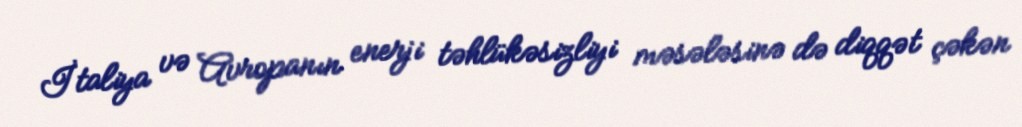
İtaliya və Avropanın enerji təhlükəsizliyi məsələsinə də diqqət çəkən